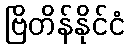
ဗြိတိန်နိုင်ငံ